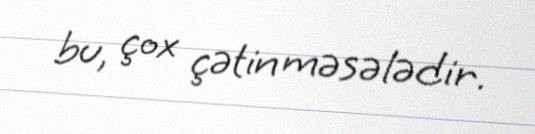
bu, çox çətin məsələdir.